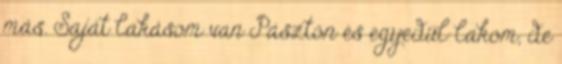
más. Saját lakásom van Pásztón és egyedül lakom, de